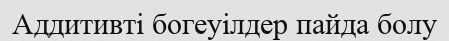
Аддитивті богеуілдер пайда болу